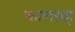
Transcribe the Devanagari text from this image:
काराग्रह